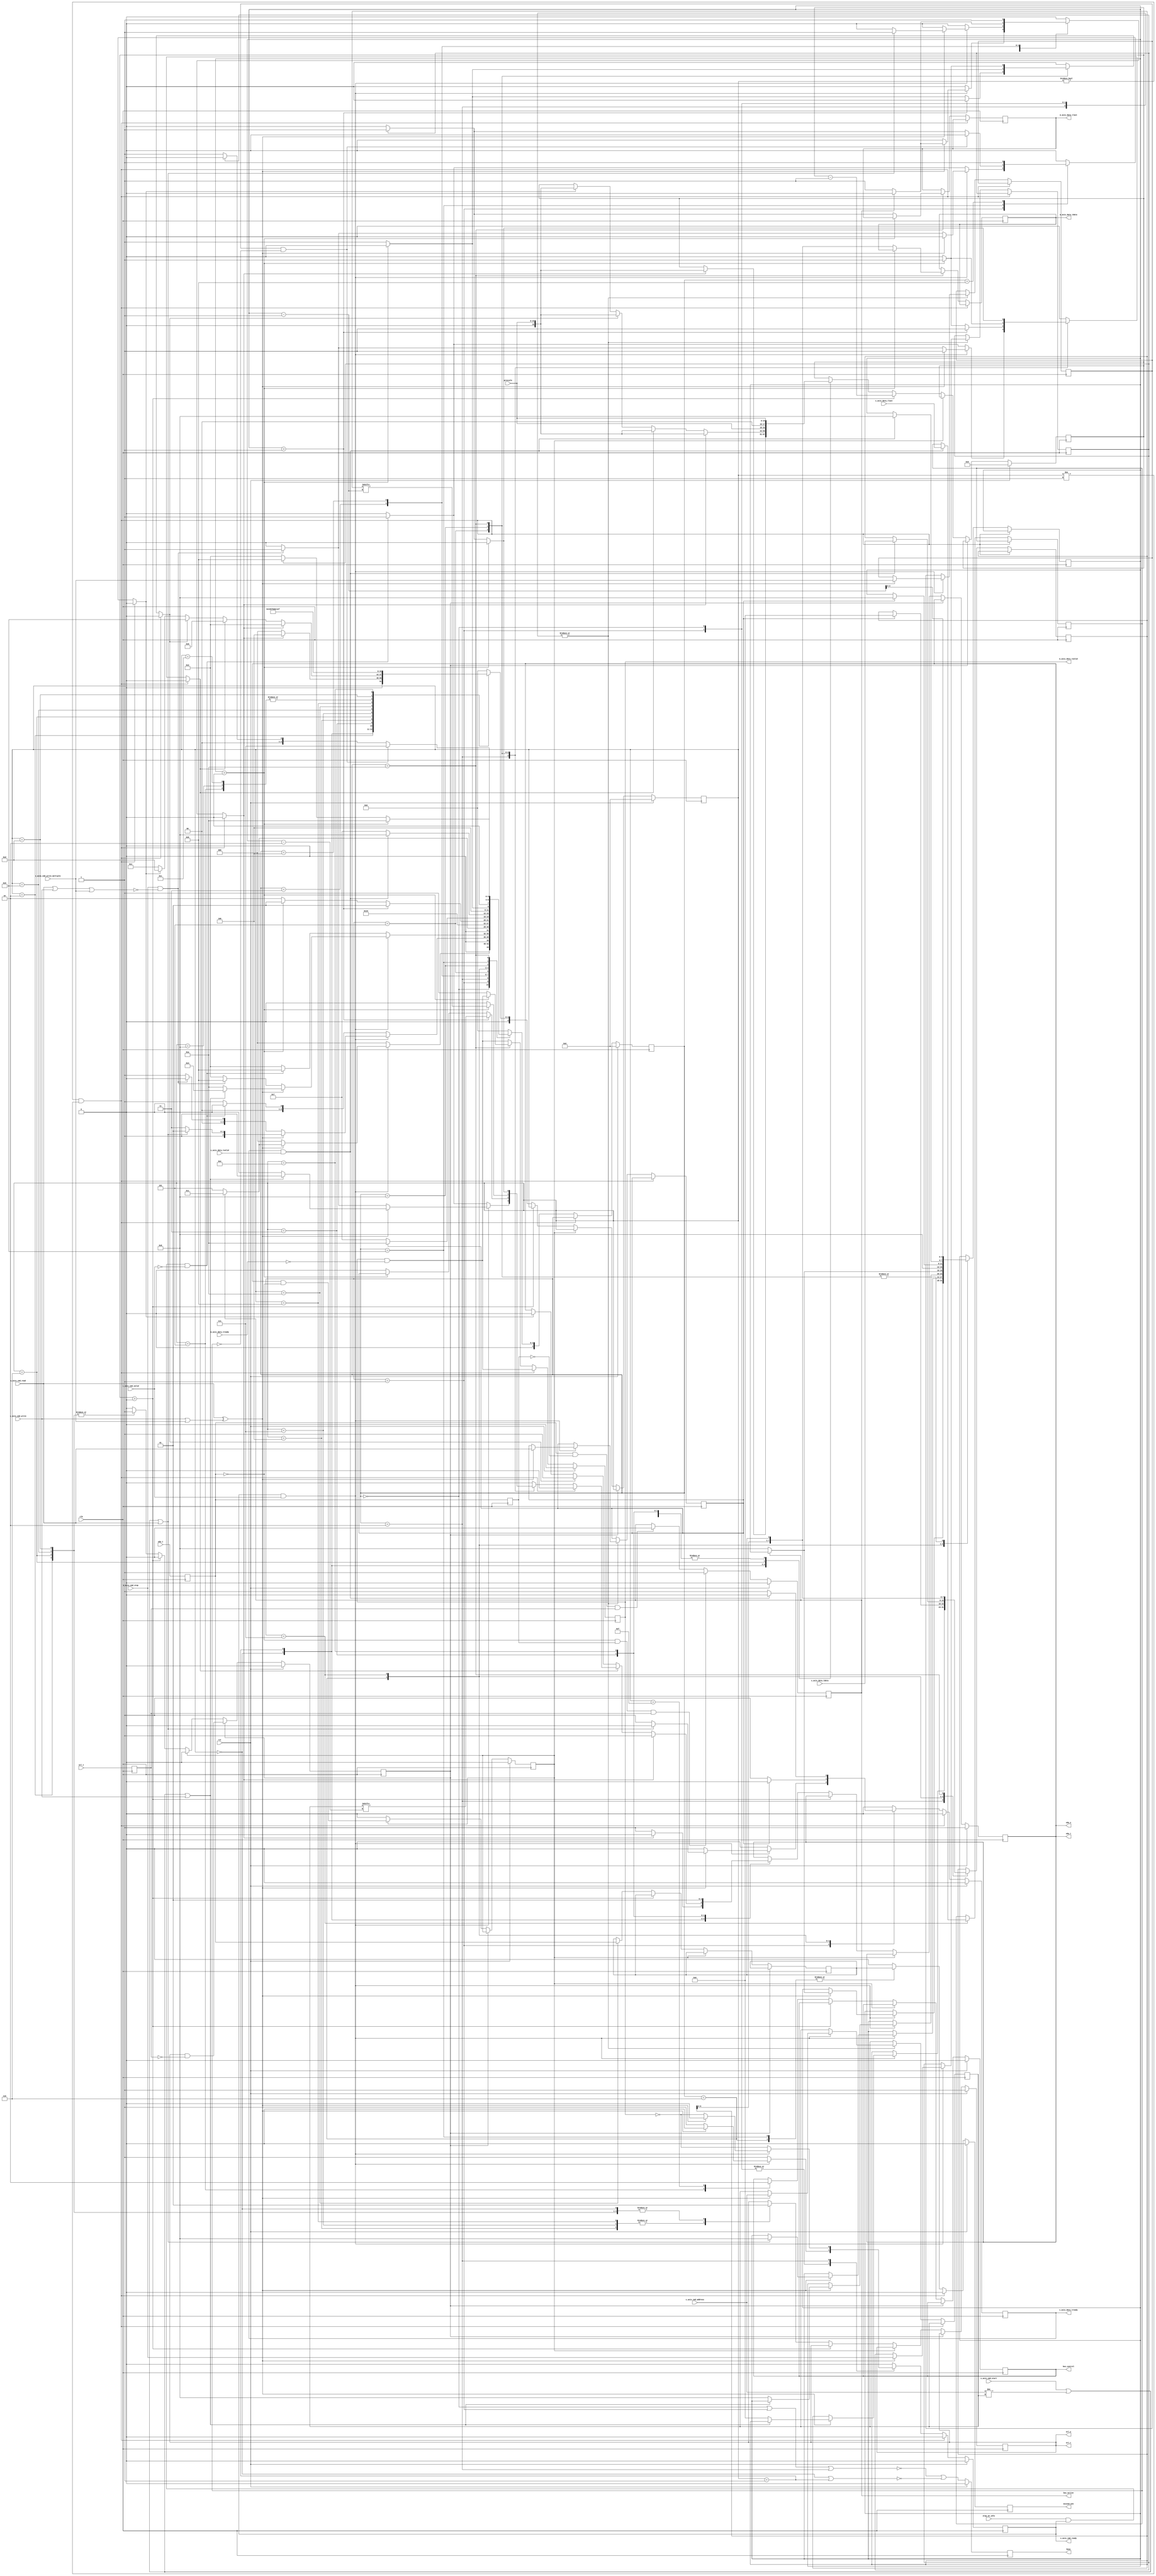

`timescale 1ns / 1ps

/*
 * I2C master
 */
module i2c_master (
    input  wire        clk,
    input  wire        rst,

    /*
     * Host interface
     */
    input  wire [6:0]  s_axis_cmd_address,//which address to R/W to
    input  wire        s_axis_cmd_start,
    input  wire        s_axis_cmd_read,
    input  wire        s_axis_cmd_write,
    input  wire        s_axis_cmd_write_multiple,
    input  wire        s_axis_cmd_stop,
    input  wire        s_axis_cmd_valid,
    output wire        s_axis_cmd_ready,

    input  wire [7:0]  s_axis_data_tdata,
    input  wire        s_axis_data_tvalid,
    output wire        s_axis_data_tready, //when is slave rdy
    input  wire        s_axis_data_tlast,

    output wire [7:0]  m_axis_data_tdata,
    output wire        m_axis_data_tvalid,
    input  wire        m_axis_data_tready, //when am i rdy
    output wire        m_axis_data_tlast,

    /*
     * I2C interface
     */
    input  wire        scl_i,
    output wire        scl_o,
    output wire        scl_t,
    input  wire        sda_i,
    output wire        sda_o,
    output wire        sda_t,

    /*
     * Status
     */
    output wire        busy,
    output wire        bus_control,
    output wire        bus_active,
    output wire        missed_ack,

    /*
     * Configuration
     */
    input  wire [15:0] prescale,
    input  wire        stop_on_idle
);

/*

I2C

Read
    __    ___ ___ ___ ___ ___ ___ ___         ___ ___ ___ ___ ___ ___ ___ ___     ___ ___ ___ ___ ___ ___ ___ ___        __
sda   \__/_6_X_5_X_4_X_3_X_2_X_1_X_0_\_R___A_/_7_X_6_X_5_X_4_X_3_X_2_X_1_X_0_\_A_/_7_X_6_X_5_X_4_X_3_X_2_X_1_X_0_\_A____/
    ____   _   _   _   _   _   _   _   _   _   _   _   _   _   _   _   _   _   _   _   _   _   _   _   _   _   _   _   ____
scl  ST \_/ \_/ \_/ \_/ \_/ \_/ \_/ \_/ \_/ \_/ \_/ \_/ \_/ \_/ \_/ \_/ \_/ \_/ \_/ \_/ \_/ \_/ \_/ \_/ \_/ \_/ \_/ \_/ SP

Write
    __    ___ ___ ___ ___ ___ ___ ___ ___     ___ ___ ___ ___ ___ ___ ___ ___     ___ ___ ___ ___ ___ ___ ___ ___ ___    __
sda   \__/_6_X_5_X_4_X_3_X_2_X_1_X_0_/ W \_A_/_7_X_6_X_5_X_4_X_3_X_2_X_1_X_0_\_A_/_7_X_6_X_5_X_4_X_3_X_2_X_1_X_0_/ N \__/
    ____   _   _   _   _   _   _   _   _   _   _   _   _   _   _   _   _   _   _   _   _   _   _   _   _   _   _   _   ____
scl  ST \_/ \_/ \_/ \_/ \_/ \_/ \_/ \_/ \_/ \_/ \_/ \_/ \_/ \_/ \_/ \_/ \_/ \_/ \_/ \_/ \_/ \_/ \_/ \_/ \_/ \_/ \_/ \_/ SP

Commands:

read
    read data byte
    set start to force generation of a start condition
    start is implied when bus is inactive or active with write or different address
    set stop to issue a stop condition after reading current byte
    if stop is set with read command, then m_axis_data_tlast will be set

write
    write data byte
    set start to force generation of a start condition
    start is implied when bus is inactive or active with read or different address
    set stop to issue a stop condition after writing current byte

write multiple
    write multiple data bytes (until s_axis_data_tlast)
    set start to force generation of a start condition
    start is implied when bus is inactive or active with read or different address
    set stop to issue a stop condition after writing block

stop
    issue stop condition if bus is active

Status:

busy
    module is communicating over the bus

bus_control
    module has control of bus in active state

bus_active
    bus is active, not necessarily controlled by this module

missed_ack
    strobed when a slave ack is missed

Parameters:

prescale
    set prescale to 1/4 of the minimum clock period in units
    of input clk cycles (prescale = Fclk / (FI2Cclk * 4))

stop_on_idle
    automatically issue stop when command input is not valid

Example of interfacing with tristate pins:
(this will work for any tristate bus)

assign scl_i = scl_pin;
assign scl_pin = scl_t ? 1'bz : scl_o;
assign sda_i = sda_pin;
assign sda_pin = sda_t ? 1'bz : sda_o;

Equivalent code that does not use *_t connections:
(we can get away with this because I2C is open-drain)

assign scl_i = scl_pin;
assign scl_pin = scl_o ? 1'bz : 1'b0;
assign sda_i = sda_pin;
assign sda_pin = sda_o ? 1'bz : 1'b0;

Example of two interconnected I2C devices:

assign scl_1_i = scl_1_o & scl_2_o;
assign scl_2_i = scl_1_o & scl_2_o;
assign sda_1_i = sda_1_o & sda_2_o;
assign sda_2_i = sda_1_o & sda_2_o;

Example of two I2C devices sharing the same pins:

assign scl_1_i = scl_pin;
assign scl_2_i = scl_pin;
assign scl_pin = (scl_1_o & scl_2_o) ? 1'bz : 1'b0;
assign sda_1_i = sda_pin;
assign sda_2_i = sda_pin;
assign sda_pin = (sda_1_o & sda_2_o) ? 1'bz : 1'b0;

Notes:

scl_o should not be connected directly to scl_i, only via AND logic or a tristate
I/O pin.  This would prevent devices from stretching the clock period.

*/

localparam [4:0]
    STATE_IDLE = 4'd0,
    STATE_ACTIVE_WRITE = 4'd1,
    STATE_ACTIVE_READ = 4'd2,
    STATE_START_WAIT = 4'd3,
    STATE_START = 4'd4,
    STATE_ADDRESS_1 = 4'd5,
    STATE_ADDRESS_2 = 4'd6,
    STATE_WRITE_1 = 4'd7,
    STATE_WRITE_2 = 4'd8,
    STATE_WRITE_3 = 4'd9,
    STATE_READ = 4'd10,
    STATE_STOP = 4'd11;

reg [4:0] state_reg = STATE_IDLE, state_next;


localparam [4:0]
    PHY_STATE_IDLE = 5'd0,
    PHY_STATE_ACTIVE = 5'd1,
    PHY_STATE_REPEATED_START_1 = 5'd2,
    PHY_STATE_REPEATED_START_2 = 5'd3,
    PHY_STATE_START_1 = 5'd4,
    PHY_STATE_START_2 = 5'd5,
    PHY_STATE_WRITE_BIT_1 = 5'd6,
    PHY_STATE_WRITE_BIT_2 = 5'd7,
    PHY_STATE_WRITE_BIT_3 = 5'd8,
    PHY_STATE_READ_BIT_1 = 5'd9,
    PHY_STATE_READ_BIT_2 = 5'd10,
    PHY_STATE_READ_BIT_3 = 5'd11,
    PHY_STATE_READ_BIT_4 = 5'd12,
    PHY_STATE_STOP_1 = 5'd13,
    PHY_STATE_STOP_2 = 5'd14,
    PHY_STATE_STOP_3 = 5'd15;

reg [4:0] phy_state_reg = STATE_IDLE, phy_state_next;

reg phy_start_bit;
reg phy_stop_bit;
reg phy_write_bit;
reg phy_read_bit;
reg phy_release_bus;

reg phy_tx_data;

reg phy_rx_data_reg = 1'b0, phy_rx_data_next;

reg [6:0] addr_reg = 7'd0, addr_next;
reg [7:0] data_reg = 8'd0, data_next;
reg last_reg = 1'b0, last_next;

reg mode_read_reg = 1'b0, mode_read_next;
reg mode_write_multiple_reg = 1'b0, mode_write_multiple_next;
reg mode_stop_reg = 1'b0, mode_stop_next;

reg [16:0] delay_reg = 16'd0, delay_next;
reg delay_scl_reg = 1'b0, delay_scl_next;
reg delay_sda_reg = 1'b0, delay_sda_next;

reg [3:0] bit_count_reg = 4'd0, bit_count_next;

reg s_axis_cmd_ready_reg = 1'b0, s_axis_cmd_ready_next;

reg s_axis_data_tready_reg = 1'b0, s_axis_data_tready_next;

reg [7:0] m_axis_data_tdata_reg = 8'd0, m_axis_data_tdata_next;
reg m_axis_data_tvalid_reg = 1'b0, m_axis_data_tvalid_next;
reg m_axis_data_tlast_reg = 1'b0, m_axis_data_tlast_next;

reg scl_i_reg = 1'b1;
reg sda_i_reg = 1'b1;

reg scl_o_reg = 1'b1, scl_o_next;
reg sda_o_reg = 1'b1, sda_o_next;

reg last_scl_i_reg = 1'b1;
reg last_sda_i_reg = 1'b1;

reg busy_reg = 1'b0;
reg bus_active_reg = 1'b0;
reg bus_control_reg = 1'b0, bus_control_next;
reg missed_ack_reg = 1'b0, missed_ack_next;

assign s_axis_cmd_ready = s_axis_cmd_ready_reg;

assign s_axis_data_tready = s_axis_data_tready_reg;

assign m_axis_data_tdata = m_axis_data_tdata_reg;
assign m_axis_data_tvalid = m_axis_data_tvalid_reg;
assign m_axis_data_tlast = m_axis_data_tlast_reg;

assign scl_o = scl_o_reg;
assign scl_t = scl_o_reg;
assign sda_o = sda_o_reg;
assign sda_t = sda_o_reg;

assign busy = busy_reg;
assign bus_active = bus_active_reg;
assign bus_control = bus_control_reg;
assign missed_ack = missed_ack_reg;

wire scl_posedge = scl_i_reg & ~last_scl_i_reg;
wire scl_negedge = ~scl_i_reg & last_scl_i_reg;
wire sda_posedge = sda_i_reg & ~last_sda_i_reg;
wire sda_negedge = ~sda_i_reg & last_sda_i_reg;

wire start_bit = sda_negedge & scl_i_reg;
wire stop_bit = sda_posedge & scl_i_reg;

always @* begin
    state_next = STATE_IDLE;

    phy_start_bit = 1'b0;
    phy_stop_bit = 1'b0;
    phy_write_bit = 1'b0;
    phy_read_bit = 1'b0;
    phy_tx_data = 1'b0;
    phy_release_bus = 1'b0;

    addr_next = addr_reg;
    data_next = data_reg;
    last_next = last_reg;

    mode_read_next = mode_read_reg;
    mode_write_multiple_next = mode_write_multiple_reg;
    mode_stop_next = mode_stop_reg;

    bit_count_next = bit_count_reg;

    s_axis_cmd_ready_next = 1'b0;

    s_axis_data_tready_next = 1'b0;

    m_axis_data_tdata_next = m_axis_data_tdata_reg;
    m_axis_data_tvalid_next = m_axis_data_tvalid_reg & ~m_axis_data_tready;
    m_axis_data_tlast_next = m_axis_data_tlast_reg;

    missed_ack_next = 1'b0;

    // generate delays
    if (phy_state_reg != PHY_STATE_IDLE && phy_state_reg != PHY_STATE_ACTIVE) begin
        // wait for phy operation
        state_next = state_reg;
    end else begin
        // process states
        case (state_reg)
            STATE_IDLE: begin
                // line idle
                s_axis_cmd_ready_next = 1'b1;

                if (s_axis_cmd_ready & s_axis_cmd_valid) begin
                    // command valid
                    if (s_axis_cmd_read ^ (s_axis_cmd_write | s_axis_cmd_write_multiple)) begin
                        // read or write command
                        addr_next = s_axis_cmd_address;
                        mode_read_next = s_axis_cmd_read;
                        mode_write_multiple_next = s_axis_cmd_write_multiple;
                        mode_stop_next = s_axis_cmd_stop;

                        s_axis_cmd_ready_next = 1'b0;

                        // start bit
                        if (bus_active) begin
                            state_next = STATE_START_WAIT;
                        end else begin
                            phy_start_bit = 1'b1;
                            bit_count_next = 4'd8;
                            state_next = STATE_ADDRESS_1;
                        end
                    end else begin
                        // invalid or unspecified - ignore
                        state_next = STATE_IDLE;
                    end
                end else begin
                    state_next = STATE_IDLE;
                end
            end
            STATE_ACTIVE_WRITE: begin
                // line active with current address and read/write mode
                s_axis_cmd_ready_next = 1'b1;

                if (s_axis_cmd_ready & s_axis_cmd_valid) begin
                    // command valid
                    if (s_axis_cmd_read ^ (s_axis_cmd_write | s_axis_cmd_write_multiple)) begin
                        // read or write command
                        addr_next = s_axis_cmd_address;
                        mode_read_next = s_axis_cmd_read;
                        mode_write_multiple_next = s_axis_cmd_write_multiple;
                        mode_stop_next = s_axis_cmd_stop;

                        s_axis_cmd_ready_next = 1'b0;
                        
                        if (s_axis_cmd_start || s_axis_cmd_address != addr_reg || s_axis_cmd_read) begin
                            // address or mode mismatch or forced start - repeated start

                            // repeated start bit
                            phy_start_bit = 1'b1;
                            bit_count_next = 4'd8;
                            state_next = STATE_ADDRESS_1;
                        end else begin
                            // address and mode match

                            // start write
                            s_axis_data_tready_next = 1'b1;
                            state_next = STATE_WRITE_1;
                        end
                    end else if (s_axis_cmd_stop && !(s_axis_cmd_read || s_axis_cmd_write || s_axis_cmd_write_multiple)) begin
                        // stop command
                        phy_stop_bit = 1'b1;
                        state_next = STATE_IDLE;
                    end else begin
                        // invalid or unspecified - ignore
                        state_next = STATE_ACTIVE_WRITE;
                    end
                end else begin
                    if (stop_on_idle & s_axis_cmd_ready & ~s_axis_cmd_valid) begin
                        // no waiting command and stop_on_idle selected, issue stop condition
                        phy_stop_bit = 1'b1;
                        state_next = STATE_IDLE;
                    end else begin
                        state_next = STATE_ACTIVE_WRITE;
                    end
                end
            end
            STATE_ACTIVE_READ: begin
                // line active to current address
                s_axis_cmd_ready_next = ~m_axis_data_tvalid;

                if (s_axis_cmd_ready & s_axis_cmd_valid) begin
                    // command valid
                    if (s_axis_cmd_read ^ (s_axis_cmd_write | s_axis_cmd_write_multiple)) begin
                        // read or write command
                        addr_next = s_axis_cmd_address;
                        mode_read_next = s_axis_cmd_read;
                        mode_write_multiple_next = s_axis_cmd_write_multiple;
                        mode_stop_next = s_axis_cmd_stop;

                        s_axis_cmd_ready_next = 1'b0;
                        
                        if (s_axis_cmd_start || s_axis_cmd_address != addr_reg || s_axis_cmd_write) begin
                            // address or mode mismatch or forced start - repeated start

                            // write nack for previous read
                            phy_write_bit = 1'b1;
                            phy_tx_data = 1'b1;
                            // repeated start bit
                            state_next = STATE_START;
                        end else begin
                            // address and mode match

                            // write ack for previous read
                            phy_write_bit = 1'b1;
                            phy_tx_data = 1'b0;
                            // start next read
                            bit_count_next = 4'd8;
                            data_next = 8'd0;
                            state_next = STATE_READ;
                        end
                    end else if (s_axis_cmd_stop && !(s_axis_cmd_read || s_axis_cmd_write || s_axis_cmd_write_multiple)) begin
                        // stop command
                        // write nack for previous read
                        phy_write_bit = 1'b1;
                        phy_tx_data = 1'b1;
                        // send stop bit
                        state_next = STATE_STOP;
                    end else begin
                        // invalid or unspecified - ignore
                        state_next = STATE_ACTIVE_READ;
                    end
                end else begin
                    if (stop_on_idle & s_axis_cmd_ready & ~s_axis_cmd_valid) begin
                        // no waiting command and stop_on_idle selected, issue stop condition
                        // write ack for previous read
                        phy_write_bit = 1'b1;
                        phy_tx_data = 1'b1;
                        // send stop bit
                        state_next = STATE_STOP;
                    end else begin
                        state_next = STATE_ACTIVE_READ;
                    end
                end
            end
            STATE_START_WAIT: begin
                // wait for bus idle

                if (bus_active) begin
                    state_next = STATE_START_WAIT;
                end else begin
                    // bus is idle, take control
                    phy_start_bit = 1'b1;
                    bit_count_next = 4'd8;
                    state_next = STATE_ADDRESS_1;
                end
            end
            STATE_START: begin
                // send start bit

                phy_start_bit = 1'b1;
                bit_count_next = 4'd8;
                state_next = STATE_ADDRESS_1;
            end
            STATE_ADDRESS_1: begin
                // send address
                bit_count_next = bit_count_reg - 1;
                if (bit_count_reg > 1) begin
                    // send address
                    phy_write_bit = 1'b1;
                    phy_tx_data = addr_reg[bit_count_reg-2];
                    state_next = STATE_ADDRESS_1;
                end else if (bit_count_reg > 0) begin
                    // send read/write bit
                    phy_write_bit = 1'b1;
                    phy_tx_data = mode_read_reg;
                    state_next = STATE_ADDRESS_1;
                end else begin
                    // read ack bit
                    phy_read_bit = 1'b1;
                    state_next = STATE_ADDRESS_2;
                end
            end
            STATE_ADDRESS_2: begin
                // read ack bit
                missed_ack_next = phy_rx_data_reg;

                if (mode_read_reg) begin
                    // start read
                    bit_count_next = 4'd8;
                    data_next = 1'b0;
                    state_next = STATE_READ;
                end else begin
                    // start write
                    s_axis_data_tready_next = 1'b1;
                    state_next = STATE_WRITE_1;
                end
            end
            STATE_WRITE_1: begin
                s_axis_data_tready_next = 1'b1;

                if (s_axis_data_tready & s_axis_data_tvalid) begin
                    // got data, start write
                    data_next = s_axis_data_tdata;
                    last_next = s_axis_data_tlast;
                    bit_count_next = 4'd8;
                    s_axis_data_tready_next = 1'b0;
                    state_next = STATE_WRITE_2;
                end else begin
                    // wait for data
                    state_next = STATE_WRITE_1;
                end
            end
            STATE_WRITE_2: begin
                // send data
                bit_count_next = bit_count_reg - 1;
                if (bit_count_reg > 0) begin
                    // write data bit
                    phy_write_bit = 1'b1;
                    phy_tx_data = data_reg[bit_count_reg-1];
                    state_next = STATE_WRITE_2;
                end else begin
                    // read ack bit
                    phy_read_bit = 1'b1;
                    state_next = STATE_WRITE_3;
                end
            end
            STATE_WRITE_3: begin
                // read ack bit
                missed_ack_next = phy_rx_data_reg;

                if (mode_write_multiple_reg && !last_reg) begin
                    // more to write
                    state_next = STATE_WRITE_1;
                end else if (mode_stop_reg) begin
                    // last cycle and stop selected
                    phy_stop_bit = 1'b1;
                    state_next = STATE_IDLE;
                end else begin
                    // otherwise, return to bus active state
                    state_next = STATE_ACTIVE_WRITE;
                end
            end
            STATE_READ: begin
                // read data

                bit_count_next = bit_count_reg - 1;
                data_next = {data_reg[6:0], phy_rx_data_reg};
                if (bit_count_reg > 0) begin
                    // read next bit
                    phy_read_bit = 1'b1;
                    state_next = STATE_READ;
                end else begin
                    // output data word
                    m_axis_data_tdata_next = data_next;
                    m_axis_data_tvalid_next = 1'b1;
                    m_axis_data_tlast_next = 1'b0;
                    if (mode_stop_reg) begin
                        // send nack and stop
                        m_axis_data_tlast_next = 1'b1;
                        phy_write_bit = 1'b1;
                        phy_tx_data = 1'b1;
                        state_next = STATE_STOP;
                    end else begin
                        // return to bus active state
                        state_next = STATE_ACTIVE_READ;
                    end
                end
            end
            STATE_STOP: begin
                // send stop bit
                phy_stop_bit = 1'b1;
                state_next = STATE_IDLE;
            end
        endcase
    end
end

always @* begin
    phy_state_next = PHY_STATE_IDLE;

    phy_rx_data_next = phy_rx_data_reg;

    delay_next = delay_reg;
    delay_scl_next = delay_scl_reg;
    delay_sda_next = delay_sda_reg;

    scl_o_next = scl_o_reg;
    sda_o_next = sda_o_reg;

    bus_control_next = bus_control_reg;

    if (phy_release_bus) begin
        // release bus and return to idle state
        sda_o_next = 1'b1;
        scl_o_next = 1'b1;
        delay_scl_next = 1'b0;
        delay_sda_next = 1'b0;
        delay_next = 1'b0;
        phy_state_next = PHY_STATE_IDLE;
    end else if (delay_scl_reg) begin
        // wait for SCL to match command
        delay_scl_next = scl_o_reg & ~scl_i_reg;
        phy_state_next = phy_state_reg;
    end else if (delay_sda_reg) begin
        // wait for SDA to match command
        delay_sda_next = sda_o_reg & ~sda_i_reg;
        phy_state_next = phy_state_reg;
    end else if (delay_reg > 0) begin
        // time delay
        delay_next = delay_reg - 1;
        phy_state_next = phy_state_reg;
    end else begin
        case (phy_state_reg)
            PHY_STATE_IDLE: begin
                // bus idle - wait for start command
                sda_o_next = 1'b1;
                scl_o_next = 1'b1;
                if (phy_start_bit) begin
                    sda_o_next = 1'b0;
                    delay_next = prescale;
                    phy_state_next = PHY_STATE_START_1;
                end else begin
                    phy_state_next = PHY_STATE_IDLE;
                end
            end
            PHY_STATE_ACTIVE: begin
                // bus active
                if (phy_start_bit) begin
                    sda_o_next = 1'b1;
                    delay_next = prescale;
                    phy_state_next = PHY_STATE_REPEATED_START_1;
                end else if (phy_write_bit) begin
                    sda_o_next = phy_tx_data;
                    delay_next = prescale;
                    phy_state_next = PHY_STATE_WRITE_BIT_1;
                end else if (phy_read_bit) begin
                    sda_o_next = 1'b1;
                    delay_next = prescale;
                    phy_state_next = PHY_STATE_READ_BIT_1;
                end else if (phy_stop_bit) begin
                    sda_o_next = 1'b0;
                    delay_next = prescale;
                    phy_state_next = PHY_STATE_STOP_1;
                end else begin
                    phy_state_next = PHY_STATE_ACTIVE;
                end
            end
            PHY_STATE_REPEATED_START_1: begin
                // generate repeated start bit
                //         ______
                // sda XXX/      \_______
                //            _______
                // scl ______/       \___
                //

                scl_o_next = 1'b1;
                delay_scl_next = 1'b1;
                delay_next = prescale;
                phy_state_next = PHY_STATE_REPEATED_START_2;
            end
            PHY_STATE_REPEATED_START_2: begin
                // generate repeated start bit
                //         ______
                // sda XXX/      \_______
                //            _______
                // scl ______/       \___
                //

                sda_o_next = 1'b0;
                delay_next = prescale;
                phy_state_next = PHY_STATE_START_1;
            end
            PHY_STATE_START_1: begin
                // generate start bit
                //     ___
                // sda    \_______
                //     _______
                // scl        \___
                //

                scl_o_next = 1'b0;
                delay_next = prescale;
                phy_state_next = PHY_STATE_START_2;
            end
            PHY_STATE_START_2: begin
                // generate start bit
                //     ___
                // sda    \_______
                //     _______
                // scl        \___
                //

                bus_control_next = 1'b1;
                phy_state_next = PHY_STATE_ACTIVE;
            end
            PHY_STATE_WRITE_BIT_1: begin
                // write bit
                //      ________
                // sda X________X
                //        ____
                // scl __/    \__

                scl_o_next = 1'b1;
                delay_scl_next = 1'b1;
                delay_next = prescale << 1;
                phy_state_next = PHY_STATE_WRITE_BIT_2;
            end
            PHY_STATE_WRITE_BIT_2: begin
                // write bit
                //      ________
                // sda X________X
                //        ____
                // scl __/    \__

                scl_o_next = 1'b0;
                delay_next = prescale;
                phy_state_next = PHY_STATE_WRITE_BIT_3;
            end
            PHY_STATE_WRITE_BIT_3: begin
                // write bit
                //      ________
                // sda X________X
                //        ____
                // scl __/    \__

                phy_state_next = PHY_STATE_ACTIVE;
            end
            PHY_STATE_READ_BIT_1: begin
                // read bit
                //      ________
                // sda X________X
                //        ____
                // scl __/    \__

                scl_o_next = 1'b1;
                delay_scl_next = 1'b1;
                delay_next = prescale;
                phy_state_next = PHY_STATE_READ_BIT_2;
            end
            PHY_STATE_READ_BIT_2: begin
                // read bit
                //      ________
                // sda X________X
                //        ____
                // scl __/    \__

                phy_rx_data_next = sda_i_reg;
                delay_next = prescale;
                phy_state_next = PHY_STATE_READ_BIT_3;
            end
            PHY_STATE_READ_BIT_3: begin
                // read bit
                //      ________
                // sda X________X
                //        ____
                // scl __/    \__

                scl_o_next = 1'b0;
                delay_next = prescale;
                phy_state_next = PHY_STATE_READ_BIT_4;
            end
            PHY_STATE_READ_BIT_4: begin
                // read bit
                //      ________
                // sda X________X
                //        ____
                // scl __/    \__

                phy_state_next = PHY_STATE_ACTIVE;
            end
            PHY_STATE_STOP_1: begin
                // stop bit
                //                 ___
                // sda XXX\_______/
                //             _______
                // scl _______/

                scl_o_next = 1'b1;
                delay_scl_next = 1'b1;
                delay_next = prescale;
                phy_state_next = PHY_STATE_STOP_2;
            end
            PHY_STATE_STOP_2: begin
                // stop bit
                //                 ___
                // sda XXX\_______/
                //             _______
                // scl _______/

                sda_o_next = 1'b1;
                delay_next = prescale;
                phy_state_next = PHY_STATE_STOP_3;
            end
            PHY_STATE_STOP_3: begin
                // stop bit
                //                 ___
                // sda XXX\_______/
                //             _______
                // scl _______/

                bus_control_next = 1'b0;
                phy_state_next = PHY_STATE_IDLE;
            end
        endcase
    end
end

always @(posedge clk) begin
    state_reg <= state_next;
    phy_state_reg <= phy_state_next;

    phy_rx_data_reg <= phy_rx_data_next;

    addr_reg <= addr_next;
    data_reg <= data_next;
    last_reg <= last_next;

    mode_read_reg <= mode_read_next;
    mode_write_multiple_reg <= mode_write_multiple_next;
    mode_stop_reg <= mode_stop_next;

    delay_reg <= delay_next;
    delay_scl_reg <= delay_scl_next;
    delay_sda_reg <= delay_sda_next;

    bit_count_reg <= bit_count_next;

    s_axis_cmd_ready_reg <= s_axis_cmd_ready_next;

    s_axis_data_tready_reg <= s_axis_data_tready_next;

    m_axis_data_tdata_reg <= m_axis_data_tdata_next;
    m_axis_data_tlast_reg <= m_axis_data_tlast_next;
    m_axis_data_tvalid_reg <= m_axis_data_tvalid_next;

    scl_i_reg <= scl_i;
    sda_i_reg <= sda_i;

    scl_o_reg <= scl_o_next;
    sda_o_reg <= sda_o_next;

    last_scl_i_reg <= scl_i_reg;
    last_sda_i_reg <= sda_i_reg;

    busy_reg <= !(state_reg == STATE_IDLE || state_reg == STATE_ACTIVE_WRITE || state_reg == STATE_ACTIVE_READ) || !(phy_state_reg == PHY_STATE_IDLE || phy_state_reg == PHY_STATE_ACTIVE);

    if (start_bit) begin
        bus_active_reg <= 1'b1;
    end else if (stop_bit) begin
        bus_active_reg <= 1'b0;
    end else begin
        bus_active_reg <= bus_active_reg;
    end

    bus_control_reg <= bus_control_next;
    missed_ack_reg <= missed_ack_next;

    if (rst) begin
        state_reg <= STATE_IDLE;
        phy_state_reg <= PHY_STATE_IDLE;
        delay_reg <= 16'd0;
        delay_scl_reg <= 1'b0;
        delay_sda_reg <= 1'b0;
        s_axis_cmd_ready_reg <= 1'b0;
        s_axis_data_tready_reg <= 1'b0;
        m_axis_data_tvalid_reg <= 1'b0;
        scl_o_reg <= 1'b1;
        sda_o_reg <= 1'b1;
        busy_reg <= 1'b0;
        bus_active_reg <= 1'b0;
        bus_control_reg <= 1'b0;
        missed_ack_reg <= 1'b0;
    end
end

endmodule